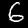
Label: 6